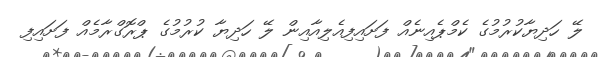
ލޭ ހަދިޔާކުރުމުގެ ކެމްޕެއިނެއް ފަށައިފިއެލިއާއިން ލޭ ހަދިޔާ ކުރުމުގެ ޕްރޮގްރާމެއް ފަށައިފި